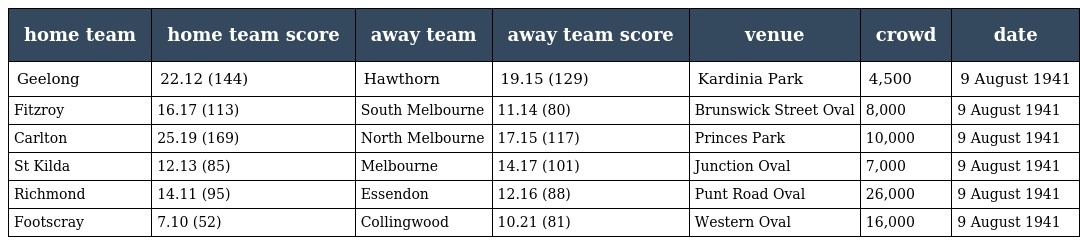
| home team | home team score | away team | away team score | venue | crowd | date |
 | --- | --- | --- | --- | --- | --- | --- |
 | Geelong | 22.12 (144) | Hawthorn | 19.15 (129) | Kardinia Park | 4,500 | 9 August 1941 |
 | Fitzroy | 16.17 (113) | South Melbourne | 11.14 (80) | Brunswick Street Oval | 8,000 | 9 August 1941 |
 | Carlton | 25.19 (169) | North Melbourne | 17.15 (117) | Princes Park | 10,000 | 9 August 1941 |
 | St Kilda | 12.13 (85) | Melbourne | 14.17 (101) | Junction Oval | 7,000 | 9 August 1941 |
 | Richmond | 14.11 (95) | Essendon | 12.16 (88) | Punt Road Oval | 26,000 | 9 August 1941 |
 | Footscray | 7.10 (52) | Collingwood | 10.21 (81) | Western Oval | 16,000 | 9 August 1941 |